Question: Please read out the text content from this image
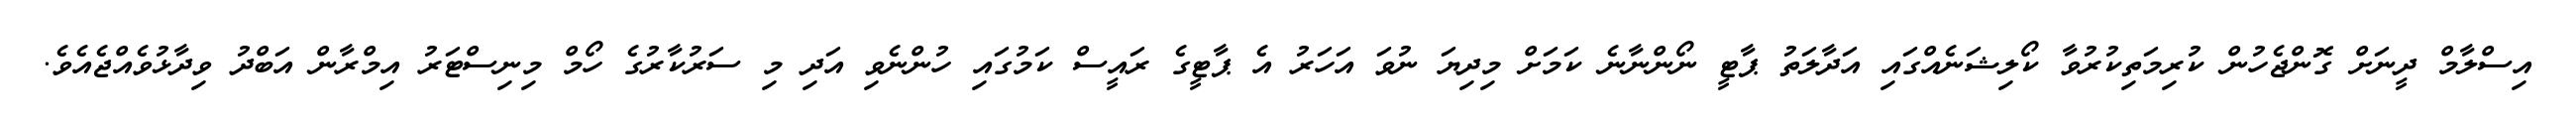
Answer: އިސްލާމް ދީނަށް ގޮންޖެހުން ކުރިމަތިކުރުވާ ކޯލިޝަނެއްގައި އަދާލަތު ޕާޓީ ނޯންނާނެ ކަމަށް މިދިޔަ ނުވަ އަހަރު އެ ޕާޓީގެ ރައީސް ކަމުގައި ހުންނެވި އަދި މި ސަރުކާރުގެ ހޯމް މިނިސްޓަރު އިމްރާން އަބްދު ވިދާޅުވެއްޖެއެވެ.